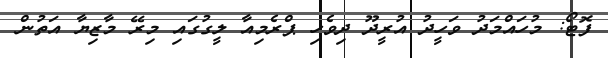
ފޮޓޯ: މުހައްމަދު ވަހީދު އުރީދޫ ދިވެހި ޕްރެމިއާ ލީގުގައި މިރޭ މާޒިޔާ އަތުން